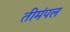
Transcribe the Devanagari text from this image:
तीमंपल